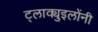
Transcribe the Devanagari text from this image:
ट्लाक्युइलोंनी